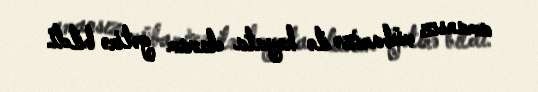
amansız mübarizə ilə həyata davam gətirə bildi.